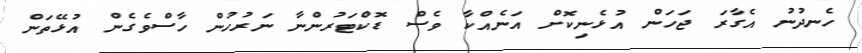
ހެނދުނު އެގާރަ ޖަހަން އުޅެނިކޮށް އަނެއްކާ ވެސް ޑޮކްޓަރުންނާ ނަރުހުން ހާސްވެގެން އުޅޭތަން